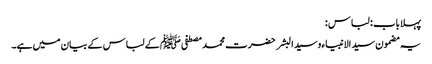
پہلا باب : لباس :
یہ مضمون سید الانبیاء وسید البشر حضرت محمد مصطفی ﷺ کے لباس کے بیان میں ہے۔